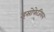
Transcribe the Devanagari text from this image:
इसोफेजियल